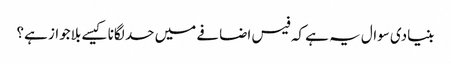
بنیادی سوال یہ ہے کہ فیس اضافے میں حد لگانا کیسے بلاجواز ہے؟